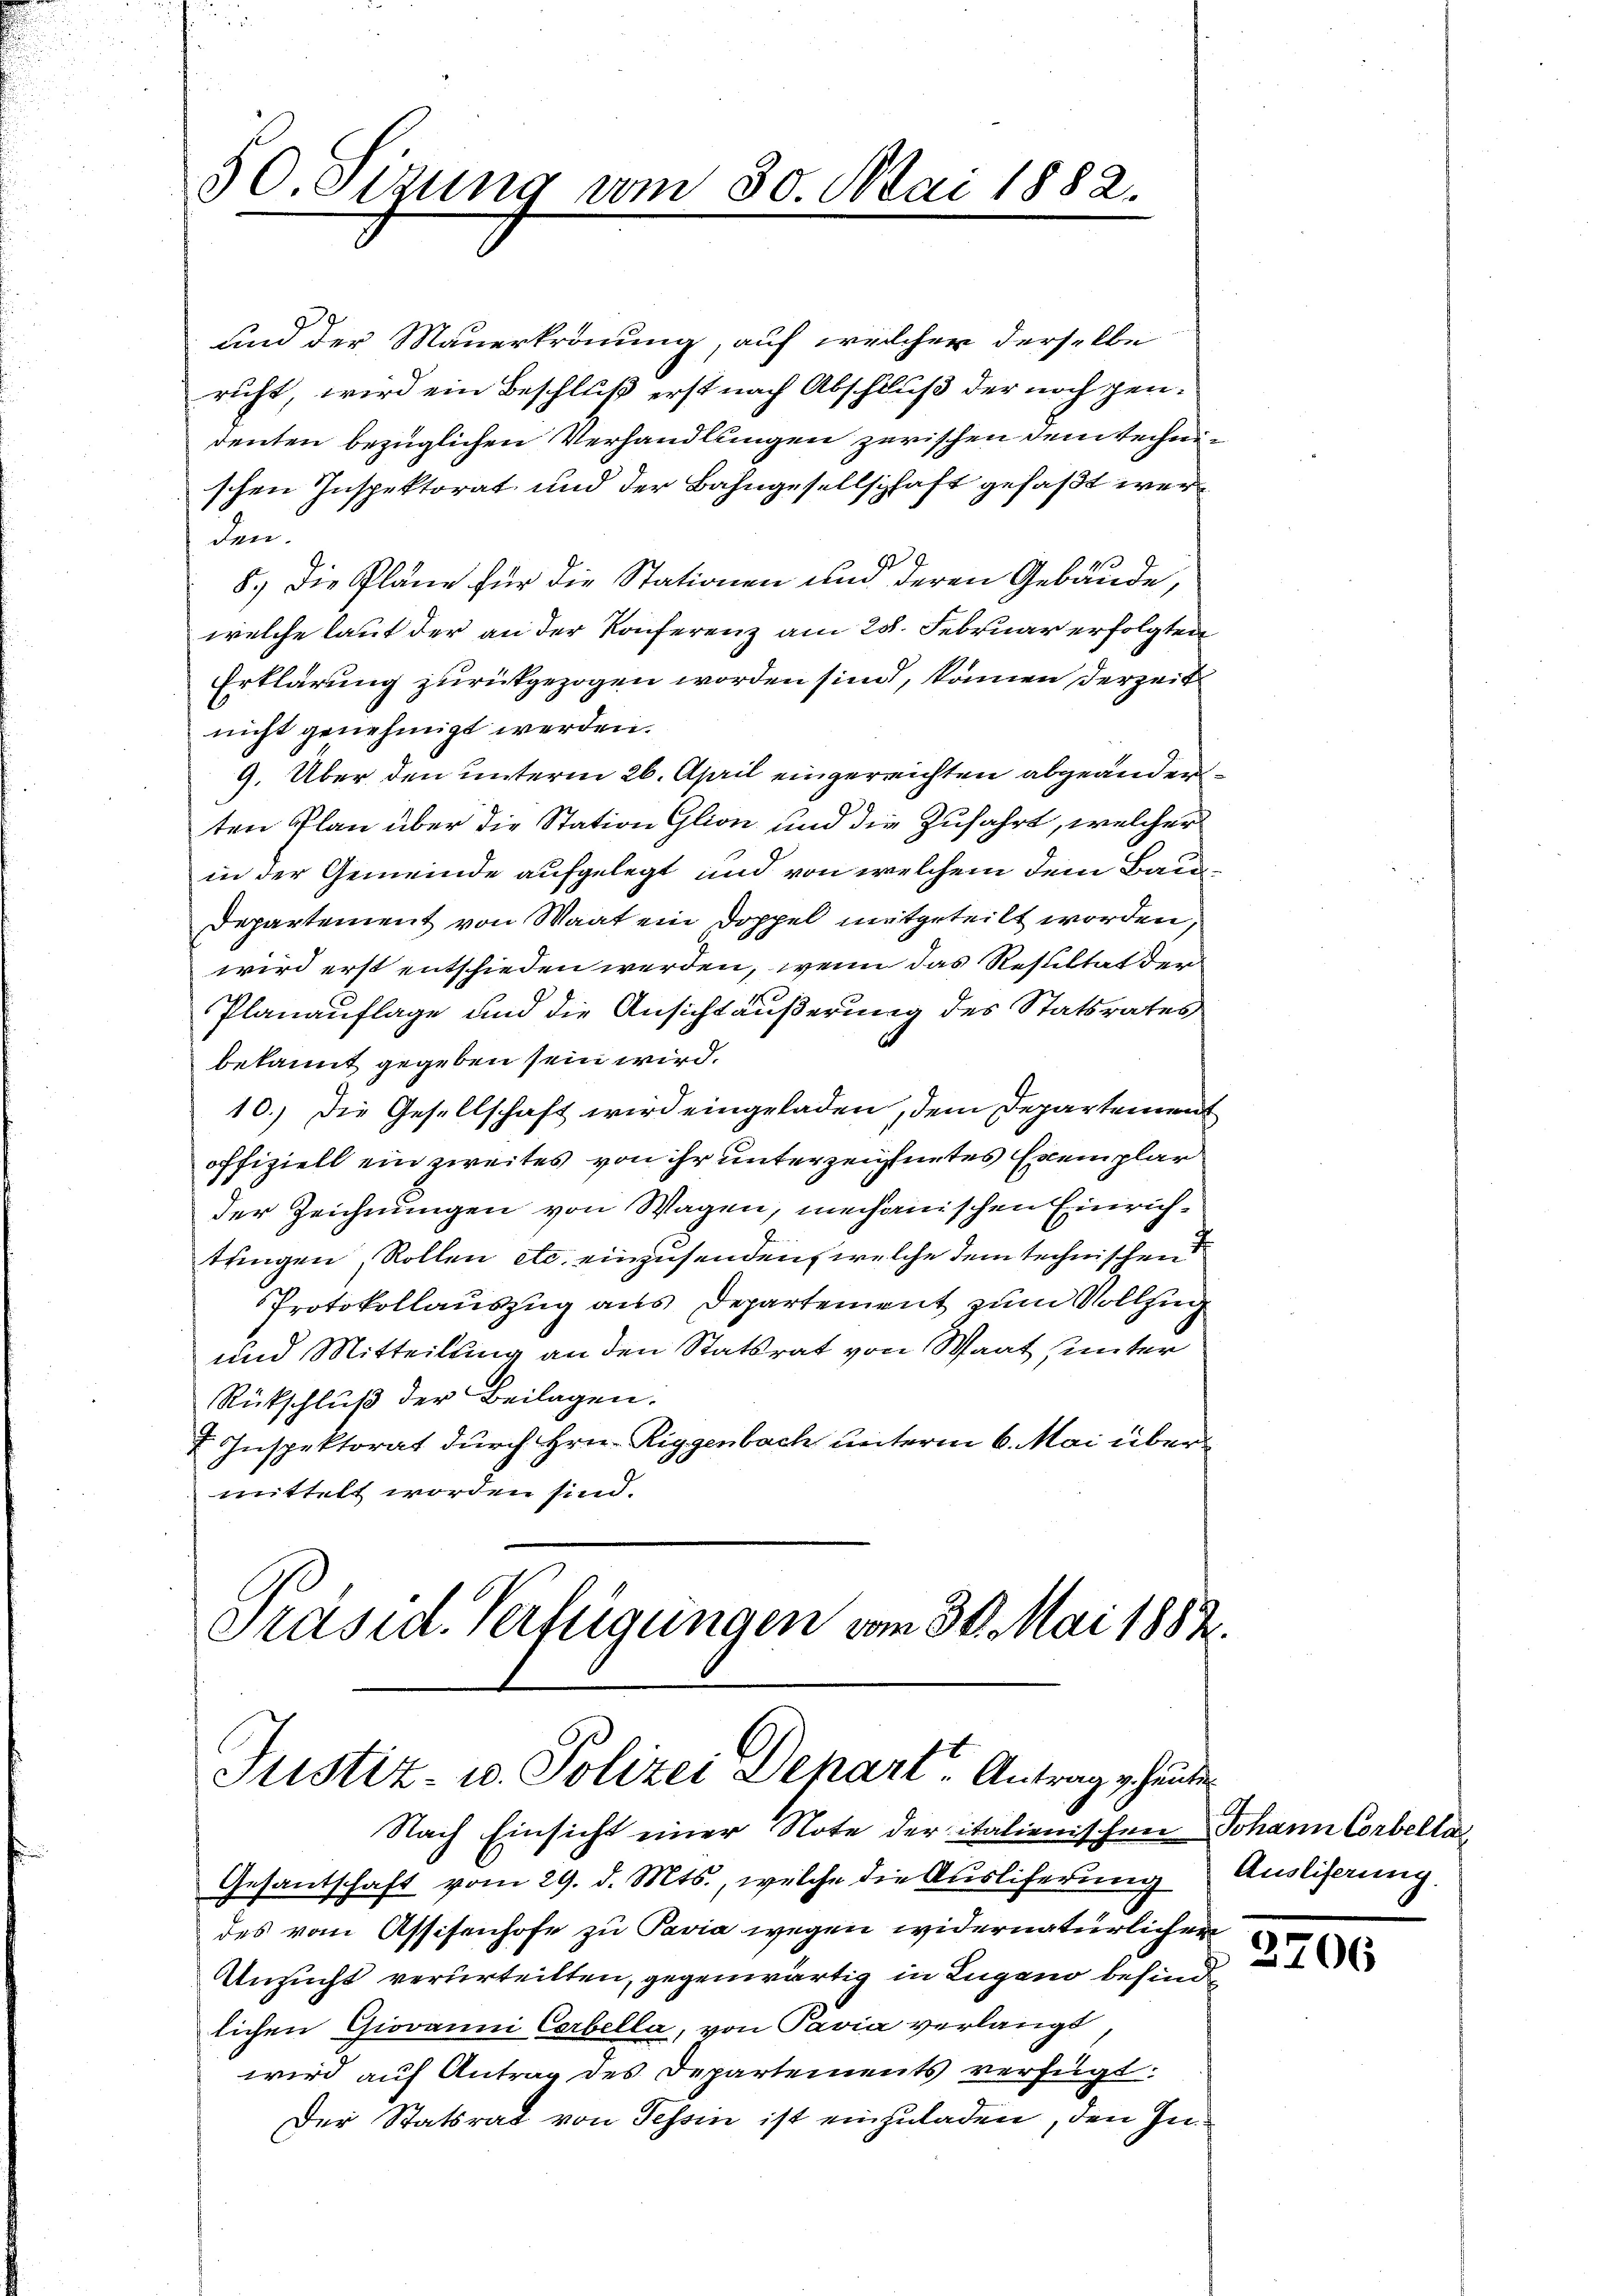
50. Sizung vom 30. Mai 1882.

und der Mauerkronung, auf welcher derselbe
rucht, wird ein Beschluß erst nach Abschluß der noch gendenten bezüglichen Verhandlungen zerischen dem technischen Inspektorat und der Bahngesellschaft gefaßt werden.
18
8.) Die Pläne für die Stationen und deren Gebäude,
welche laut der an der Konferenz am 28. Februar erfolgten
Erklärung zurückgezogen worden sind, können derzeit
nicht genehmigt werden.
9. Über den unterm 26. April eingereichten abgeänderten Plan über die Station Glion und die Zufahrt, welcher
in der Gemeinde aufgelegt und von welchem dem Bau¬
Departement von Waat ein Doppel mitgeteilt worden,
wird erst entschieden werden, wenn das Resultat der
Planauflage und die Ansichtäußerung des Statsrates
bekannt gegeben sein wird.
10.) Die Gesellschaft wird eingeladen, dem Departement
offiziell ein zweites von ihr unterzeichnetes Exemplar
der Zeichnungen von Wagen, mechanischen Einrichtungen, Rollen etc. einzusenden, welche dem technischen
Protokollauszug aus Departement zum Vollzug
und Mitteilung an den Statsrat von Waat sinter
Rückschluß der Beilagen.
 Inspektorat durch Hrn. Riggenbach unterm 6. Mai übermittelt worden sind.

Präsid. Verfügungen vom 30. Mai 1882.
Justiz- u. Polizei Depart. Antrag gehenten
Nach Einsicht einer Note der italienischen Johann Corbella

Gesandschaft vom 29. d. Mts., welche die Auslieferung
des vom Assisenhofe zu Pavia wegen widernatürlicher
Ansucht verurteilten, gegenwärtig in Lugano befindlichen Giovanni Carbella, von Pavia verlangt
wird auf Antrag des Departements verfügt:
Der Statsrat von Tessin ist einzuladen, den In¬

Auslieferung

2706